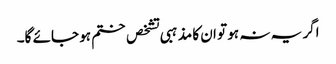
اگر یہ نہ ہو تو ان کا مذہبی تشخص ختم ہو جائے گا۔